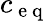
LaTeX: c_{\mathrm{~e~q~}}